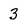
Character: 3